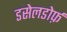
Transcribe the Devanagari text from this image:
डसेलडोर्फ़